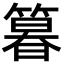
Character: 𮅾